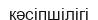
кәсіпшілігі